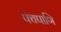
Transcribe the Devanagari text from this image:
पंचपाणि